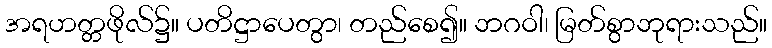
အရဟတ္တဖိုလ်၌။ ပတိဋ္ဌာပေတွာ၊ တည်စေ၍။ ဘဂဝါ၊ မြတ်စွာဘုရားသည်။